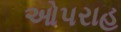
ઓપરાહ